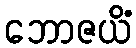
ဘောဇယိံ